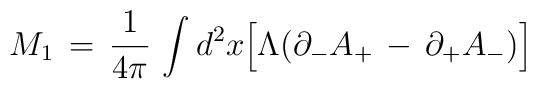
M_1\,=\, {1\over 4\pi}\,\int d^2 x \Big[ \Lambda ( \partial_- A_+\,-\,\partial_+ A_-  ) \Big]